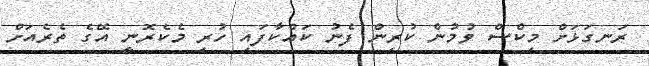
ރަނގަޅަށް މިކްސް ވުމުން ކުރިން ފެނު ކައްކާފައި ހުރި މެކެރޮނީ އޭގެ ތެރެއަށް